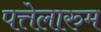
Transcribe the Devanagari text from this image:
पत्तेलारुम